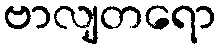
ဗာလျတရော